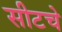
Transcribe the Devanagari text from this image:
सीटचे